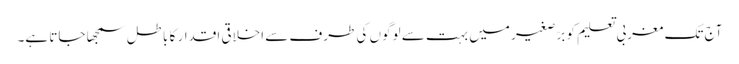
آج تک مغربی تعلیم کو برّصغیر میں بہت سے لوگوں کی طرف سے اخلاقی اقدار کا باطل سمجھا جاتا ہے۔